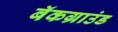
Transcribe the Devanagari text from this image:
बॅकग्राउंड